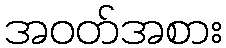
အဝတ်အစား